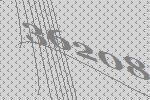
36208